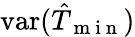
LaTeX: \mathrm{var}(\hat{T}_{\mathrm{~m~i~n~}})